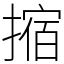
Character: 摍